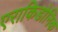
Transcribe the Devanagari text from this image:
एराकिडोनिक